Scientific memoirs by medical officers of the Army of India - Part VIII,
Year: 1894
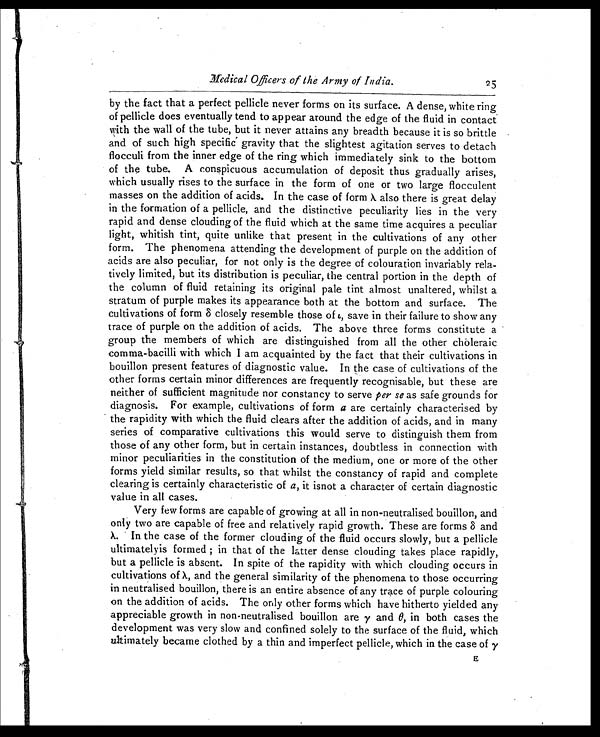
Medical Officers of the Army of India.
2 5
by the fact that a perfect pellicle never forms on its surface. A dense, white ring
of pellicle does eventually tend to appear around the edge of the fluid in contact
with the wall of the tube, but it never attains any breadth because it is so brittle
and of such high specific gravity that the slightest agitation serves to detach
flocculi from the inner edge of the ring which immediately sink to the bottom
of the tube. A conspicuous accumulation of deposit thus gradually arises,
which usually rises to the surface in the form of one or two large flocculent
masses on the addition of acids. In the case of form λ also there is great delay
in the formation of a pellicle, and the distinctive peculiarity lies in the very
rapid and dense clouding of the fluid which at the same time acquires a peculiar
light, whitish tint, quite unlike that present in the cultivations of any other
form. The phenomena attending the development of purple on the addition of
acids are also peculiar, for not only is the degree of colouration invariably rela-
tively limited, but its distribution is peculiar, the central portion in the depth of
the column of fluid retaining its original pale tint almost unaltered, whilst a
stratum of purple makes its appearance both at the bottom and surface. The
cultivations of form δ closely resemble those of ι, save in their failure to show any
trace of purple on the addition of acids. The above three forms constitute a
group the members of which are distinguished from all the other choleraic
comma-bacilli with which I am acquainted by the fact that their cultivations in
bouillon present features of diagnostic value. In the case of cultivations of the
other forms certain minor differences are frequently recognisable, but these are
neither of sufficient magnitude nor constancy to serve per se as safe grounds for
diagnosis. For example, cultivations of form α are certainly characterised by
the rapidity with which the fluid clears after the addition of acids, and in many
series of comparative cultivations this would serve to distinguish them from
those of any other form, but in certain instances, doubtless in connection with
minor peculiarities in the constitution of the medium, one or more of the other
forms yield similar results, so that whilst the constancy of rapid and complete
clearing is certainly characteristic of α , it isnot a character of certain diagnostic
value in all cases.
Very few forms are capable of growing at all in non-neutralised bouillon, and
only two are capable of free and relatively rapid growth. These are forms δ and
λ . In the case of the former clouding of the fluid occurs slowly, but a pellicle
ultimatelyis formed ; in that of the latter dense clouding takes place rapidly,
but a pellicle is absent. In spite of the rapidity with which clouding occurs in
cultivations of λ , and the general similarity of the phenomena to those occurring
in neutralised bouillon, there is an entire absence of any trace of purple colouring
on the addition of acids. The only other forms which have hitherto yielded any
appreciable growth in non-neutralised bouillon are γ and θ, in both cases the
development was very slow and confined solely to the surface of the fluid, which
ultimately became clothed by a thin and imperfect pellicle, which in the case of γ
E